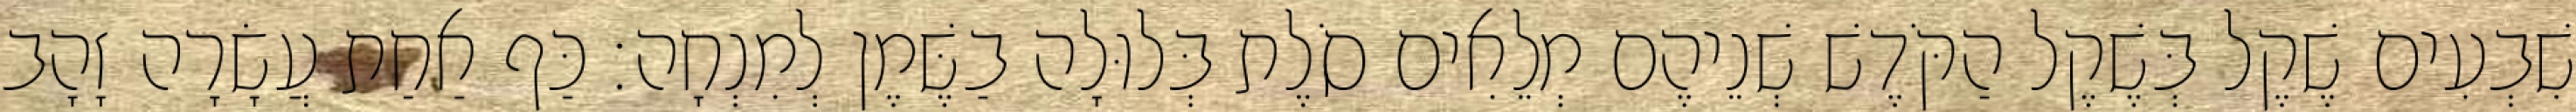
שִׁבְעִים שֶׁקֶל בְּשֶׁקֶל הַקֹּדֶשׁ שְׁנֵיהֶם מְלֵאִים סֹלֶת בְּלוּלָה בַשֶּׁמֶן לְמִנְחָה׃ כַּף אַחַת עֲשָׂרָה זָהָב